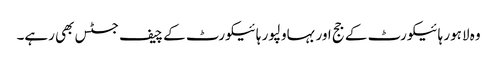
وہ لاہور ہائیکورٹ کے جج اور بہاولپور ہائیکورٹ کے چیف جسٹس بھی رہے۔